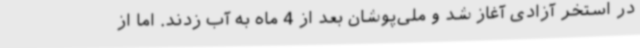
در استخر آزادی آغاز شد و ملی‌پوشان بعد از 4 ماه به آب زدند. اما از